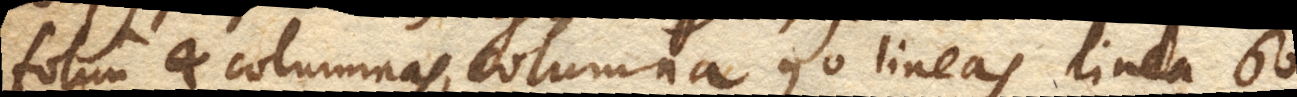
folium 4 columnas, columna 90 lineas, linea 60